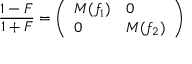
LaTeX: { \frac { 1 - F } { 1 + F } } = \left( \begin{array} { l l } { { M ( f _ { 1 } ) } } & { { 0 } } \\ { { 0 } } & { { M ( f _ { 2 } ) } } \end{array} \right)